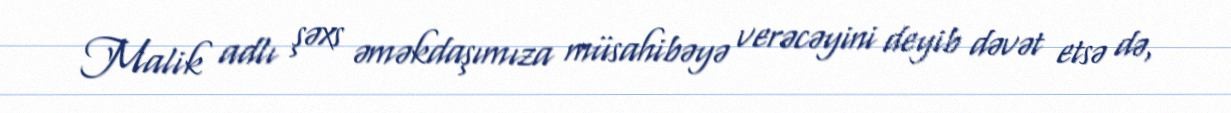
Malik adlı şəxs əməkdaşımıza müsahibəyə verəcəyini deyib dəvət etsə də,